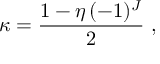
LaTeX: \kappa = \frac { 1 - \eta \, ( - 1 ) ^ { J } } { 2 } \ ,